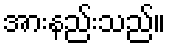
အားနည်းသည်။